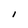
Character: I